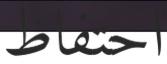
احتفاظ